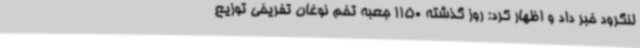
لنگرود خبر داد و اظهار کرد: روز گذشته 1150 جعبه تخم نوغان تفریخی توزیع